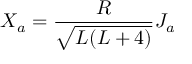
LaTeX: X _ { a } = \frac { R } { \sqrt { L ( L + 4 ) } } J _ { a }